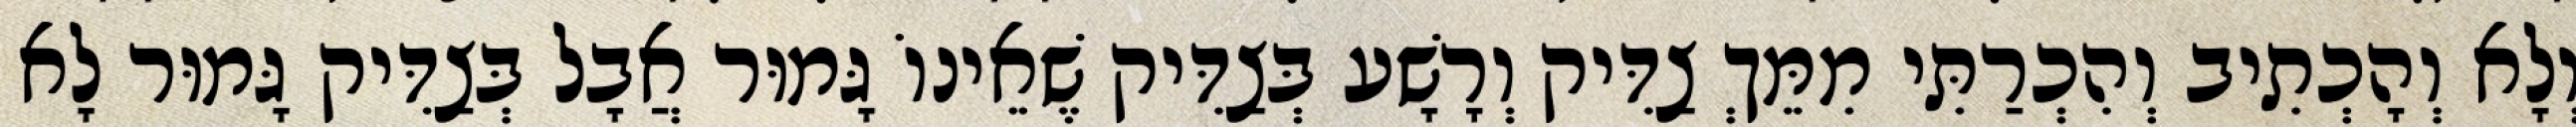
וְלָא וְהָכְתִיב וְהִכְרַתִּי מִמֵּךְ צַדִּיק וְרָשָׁע בְּצַדִּיק שֶׁאֵינוֹ גָּמוּר אֲבָל בְּצַדִּיק גָּמוּר לָא